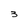
Character: 3